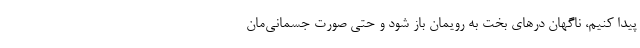
پیدا کنیم، ناگهان درهای بخت به رویمان باز شود و حتی صورت جسمانی‌مان